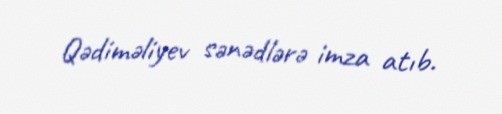
Qədiməliyev sənədlərə imza atıb.